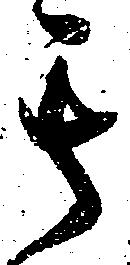
其